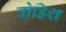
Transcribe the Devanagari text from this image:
बोडिश